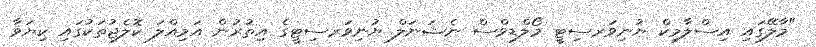
"މާލޭގައި އިސްލާމިކް ޔުނިވަރސިޓީ މޯލްޑިވްސް ނެޝަނަލް ޔުނިވަރސިޓީގެ އިތުރުން އަމިއްލަ ކޮލެޖުތަކުގައި ކިޔަވާ